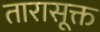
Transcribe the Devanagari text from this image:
तारासूक्त